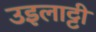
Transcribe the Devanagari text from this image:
उइलाट्टी